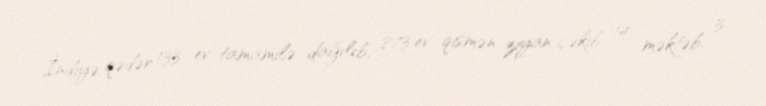
İndiyə qədər 133 ev tamamilə dağılıb, 873 ev qismən ziyan çəkib, 14 məktəb, 3